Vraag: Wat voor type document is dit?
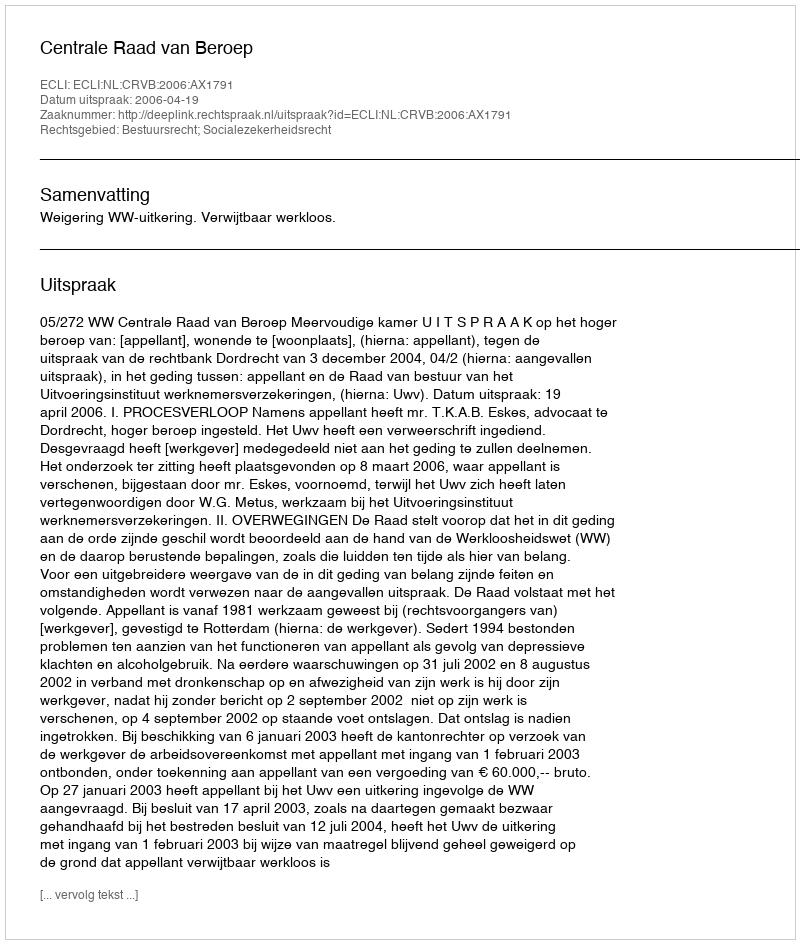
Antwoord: Uitspraak